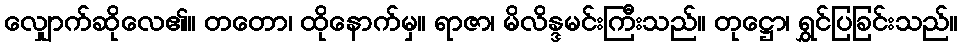
လျှောက်ဆိုလေ၏။ တတော၊ ထိုနောက်မှ။ ရာဇာ၊ မိလိန္ဒမင်းကြီးသည်။ တုဋ္ဌော၊ ရွှင်ပြခြင်းသည်။